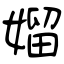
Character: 媹